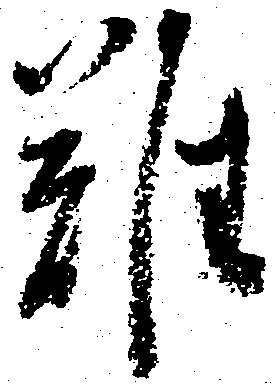
難